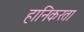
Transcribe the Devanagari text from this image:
हानिकरता